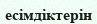
есімдіктерін